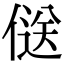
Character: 𠌡